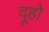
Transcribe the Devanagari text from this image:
दूहो